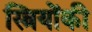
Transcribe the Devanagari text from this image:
स्त्रियोंकी